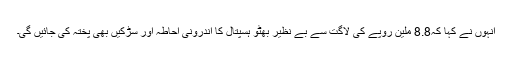
انہوں نے کہا کہ8.8 ملین روپے کی لاگت سے بے نظیر بھٹو ہسپتال کا اندرونی احاطہ اور سڑکیں بھی پختہ کی جائیں گی۔